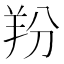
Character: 羒